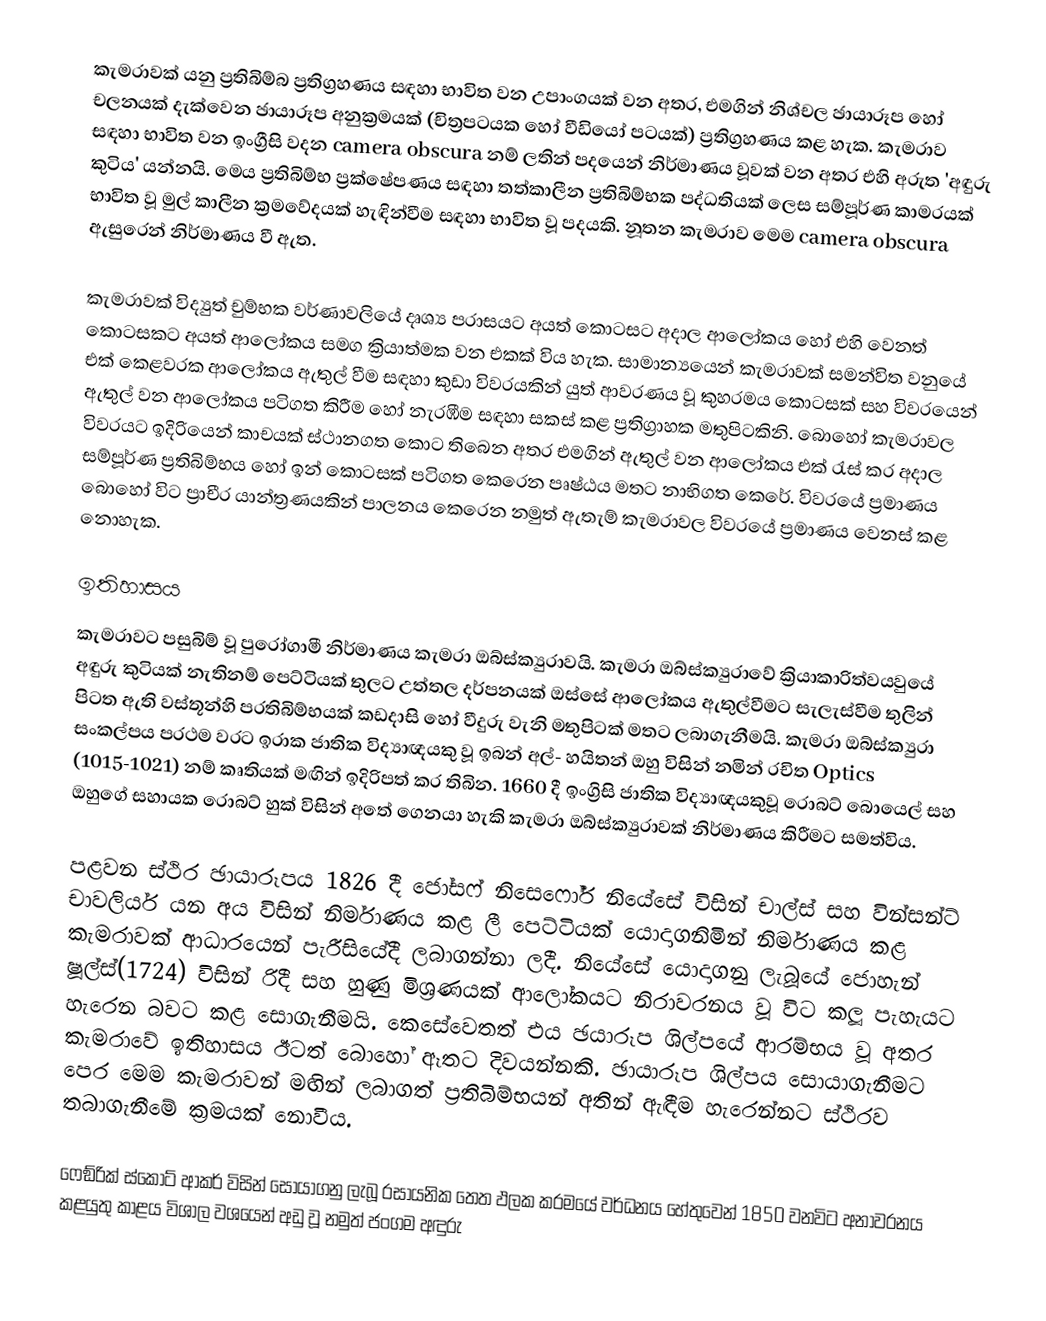
කැමරාවක් යනු ප්‍රතිබිම්බ ප්‍රතිග්‍රහණය සඳහා භාවිත වන උපාංගයක් වන අතර, එමගින් නිශ්චල ඡායාරූප හෝ චලනයක් දැක්වෙන ඡායාරූප අනුක්‍රමයක් (චිත්‍රපටයක හෝ වීඩියෝ පටයක්) ප්‍රතිග්‍රහණය කළ හැක. කැමරාව සඳහා භාවිත වන ඉංග්‍රීසි වදන camera obscura නම් ලතින් පදයෙන් නිර්මාණය වූවක් වන අතර එහි අරුත 'අඳුරු කුටිය' යන්නයි. මෙය ප්‍රතිබිම්භ ප්‍රක්ෂේපණය සඳහා තත්කාලීන ප්‍රතිබිම්භක පද්ධතියක් ලෙස සම්පූර්ණ කාමරයක් භාවිත වූ මුල් කාලීන ක්‍රමවේදයක් හැඳින්වීම සඳහා භාවිත වූ පදයකි. නූතන කැමරාව මෙම camera obscura ඇසුරෙන් නිර්මාණය වී ඇත.

කැමරාවක් විද්‍යුත් චුම්භක වර්ණාවලියේ දෘශ්‍ය පරාසයට අයත් කොටසට අදාල ආලෝකය හෝ එහි වෙනත් කොටසකට අයත් ආලෝකය සමග ක්‍රියාත්මක වන එකක් විය හැක. සාමාන්‍යයෙන් කැමරාවක් සමන්විත වනුයේ එක් කෙළවරක ආලෝකය ඇතුල් වීම සඳහා කුඩා විවරයකින් යුත් ආවරණය වූ කුහරමය කොටසක් සහ විවරයෙන් ඇතුල් වන ආලෝකය පටිගත කිරීම හෝ නැරඹීම සඳහා සකස් කළ ප්‍රතිග්‍රාහක මතුපිටකිනි. බොහෝ කැමරාවල විවරයට ඉදිරියෙන් කාචයක් ස්ථානගත කොට තිබෙන අතර එමගින් ඇතුල් වන ආලෝකය එක් රැස් කර අදාල සම්පූර්ණ ප්‍රතිබිම්භය හෝ ඉන් කොටසක් පටිගත කෙරෙන පෘෂ්ඨය මතට නාභිගත කෙරේ. විවරයේ ප්‍රමාණය බොහෝ විට ප්‍රාචීර යාන්ත්‍රණයකින් පාලනය කෙරෙන නමුත් ඇතැම් කැමරාවල විවරයේ ප්‍රමාණය වෙනස් කළ නොහැක.

ඉතිහාසය
කැමරාවට පසුබිම් වූ පුරෝගාමී නිර්මාණය කැමරා ඔබ්ස්ක්‍යුරාවයි. කැමරා ඔබ්ස්ක්‍යුරාවේ ක්‍රියාකාරිත්වයවුයේ අඳුරු කුටියක් නැතිනම් පෙට්ටියක් තුලට උත්තල දර්පනයක් ඔස්සේ ආලෝකය ඇතුල්වීමට සැලැස්වීම තුලින් පිටත ඇති වස්තූන්හි ප‍්‍රතිබිම්භයක් කඩදාසි හෝ වීදුරු වැනි මතුපිටක් මතට ලබාගැනීමයි. කැමරා ඔබ්ස්ක්‍යුරා සංකල්පය ප‍්‍රථම වරට ඉරාක ජාතික විද්‍යාඥයකු වූ ඉබන් අල්- හයිතන් ඔහු විසින් නමින් රචිත Optics (1015-1021) නම් කෘතියක් මඟින් ඉදිරිපත් කර තිබින. 1660 දී ඉංග්‍රිසි ජාතික විද්‍යාඥයකුවූ රොබට් බොයෙල් සහ ඔහුගේ සහායක රොබට් හුක් විසින් අතේ ගෙනයා හැකි කැමරා ඔබ්ස්ක්‍යුරාවක් නිර්මාණය කිරීමට සමත්විය.

පළවන ස්ථිර ඡායාරූපය 1826 දී ජෝසෆ් නිසෙෆෝර් නියේසේ විසින් චාල්ස් සහ වින්සන්ට් චාවලියර් යන අය විසින් නිර්මාණය කළ ලී පෙට්ටියක් යොදාගනිමින් නිර්මාණය කළ කැමරාවක් ආධාරයෙන් පැරීසියේදී ලබාගන්නා ලදී. නියේසේ යොදාගනු ලැබූයේ ජොහැන් ෂූල්ස්(1724) විසින් රිදී සහ හුණු මිශ‍්‍රණයක් ආලෝකයට නිරාවරනය වූ විට කලූ පැහැයට හැරෙන බවට කළ සොගැනීමයි. කෙසේවෙතත් එය ඡයාරූප ශිල්පයේ ආරම්භය වූ අතර කැමරාවේ ඉතිහාසය ඊටත් බොහෝ ඈතට දිවයන්නකි. ඡායාරූප ශිල්පය සොයාගැනීමට පෙර මෙම කැමරාවන් මඟින් ලබාගත් ප‍්‍රතිබිම්භයන් අතින් ඇඳීම හැරෙන්නට ස්ථිරව තබාගැනීමේ ක‍්‍රමයක් නොවීය.

ෆෙඞ්රික් ස්කොට් ආකර් විසින් සොයාගනු ලැබූ රසායනික තෙත ඵලක ක‍්‍රමයේ වර්ධනය හේතුවෙන් 1850 වනවිට අනාවරනය කළයුතු කාළය විශාල වශයෙන් අඩු වූ නමුත් ජංගම අඳුරු